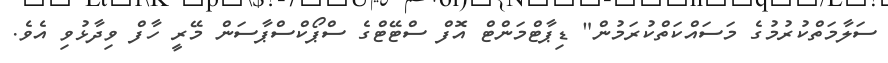
ސަލާމަތްކުރުމުގެ މަސައްކަތްކުރަމުން" ޑިޕާޓްމަންޓް އޮފް ސްޓޭޓްގެ ސްޕޯކްސްޕާސަން މޭރީ ހާފް ވިދާޅުވި އެވެ.